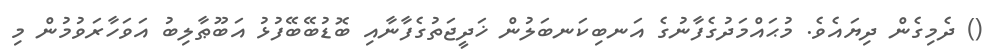
() ދެމިގެން ދިޔައެވެ. މުޙައްމަދުގެފާނުގެ އަނބިކަނބަލުން ޚަދީޖަތުގެފާނާއި ބޮޑުބޭބޭފުޅު އަބޫޠާލިބު އަވަހާރަވުމުން މި